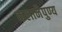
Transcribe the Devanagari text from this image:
कलानैपुण्य